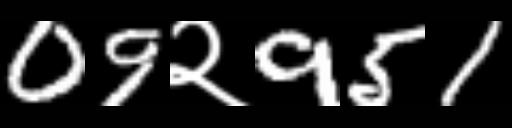
Text: 09२951